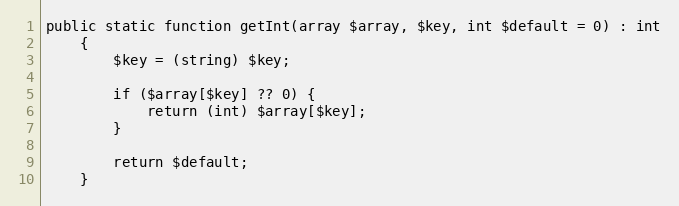
Language: PHP
public static function getInt(array $array, $key, int $default = 0) : int
    {
        $key = (string) $key;

        if ($array[$key] ?? 0) {
            return (int) $array[$key];
        }

        return $default;
    }